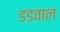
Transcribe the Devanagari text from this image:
डडवाल